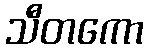
သီတကော